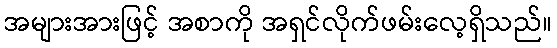
အများအားဖြင့် အစာကို အရှင်လိုက်ဖမ်းလေ့ရှိသည်။